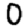
Digit: 0